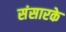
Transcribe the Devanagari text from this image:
संसारके